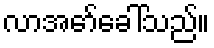
လာအော်ခေါ်သည်။